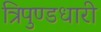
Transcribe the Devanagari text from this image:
त्रिपुण्डधारी